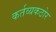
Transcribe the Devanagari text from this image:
कर्तव्यकठोर